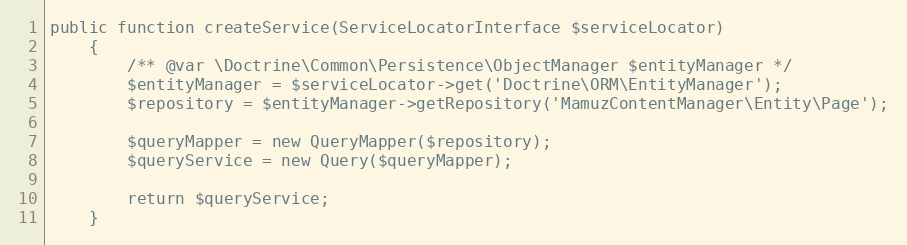
Language: PHP
public function createService(ServiceLocatorInterface $serviceLocator)
    {
        /** @var \Doctrine\Common\Persistence\ObjectManager $entityManager */
        $entityManager = $serviceLocator->get('Doctrine\ORM\EntityManager');
        $repository = $entityManager->getRepository('MamuzContentManager\Entity\Page');

        $queryMapper = new QueryMapper($repository);
        $queryService = new Query($queryMapper);

        return $queryService;
    }